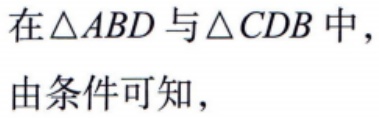
在\(\triangle ABD\)与\(\triangle CDB\)中，
由条件可知，